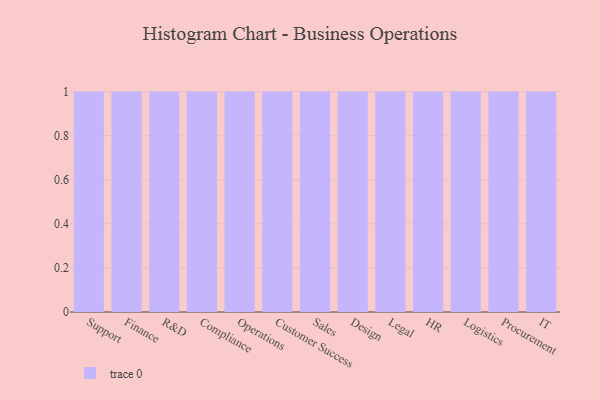
{"axis": {"x": "Department", "y": "Production Output"}, "legend": [""], "data": [{"x": "Support", "y": 70, "type": ""}, {"x": "Finance", "y": 54, "type": ""}, {"x": "R&D", "y": 55, "type": ""}, {"x": "Compliance", "y": 10, "type": ""}, {"x": "Operations", "y": 67, "type": ""}, {"x": "Customer Success", "y": 82, "type": ""}, {"x": "Sales", "y": 86, "type": ""}, {"x": "Design", "y": 71, "type": ""}, {"x": "Legal", "y": 81, "type": ""}, {"x": "HR", "y": 11, "type": ""}, {"x": "Logistics", "y": 48, "type": ""}, {"x": "Procurement", "y": 4, "type": ""}, {"x": "IT", "y": 66, "type": ""}]}